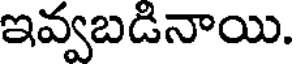
ఇవ్వబడినాయి.